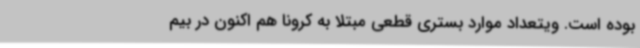
بوده است. ویتعداد موارد بستری قطعی مبتلا به کرونا هم اکنون در بیم